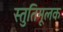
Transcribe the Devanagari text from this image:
स्तुतिमूलक